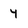
Character: 4